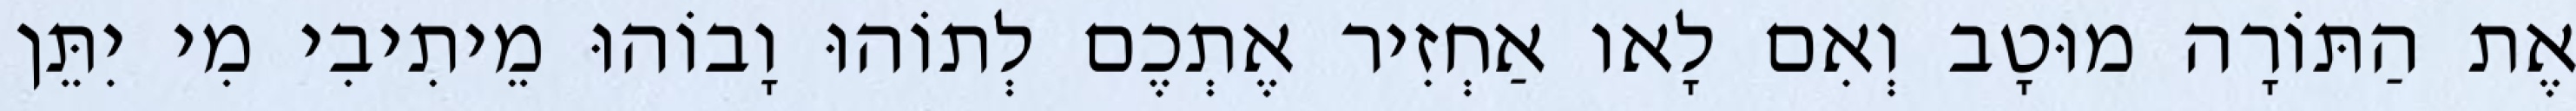
אֶת הַתּוֹרָה מוּטָב וְאִם לָאו אַחְזִיר אֶתְכֶם לְתוֹהוּ וָבוֹהוּ מֵיתִיבִי מִי יִתֵּן